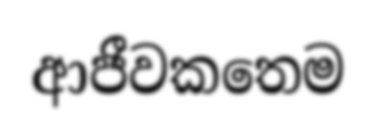
ආජීවකතෙම